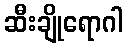
ဆီးချိုရောဂါ